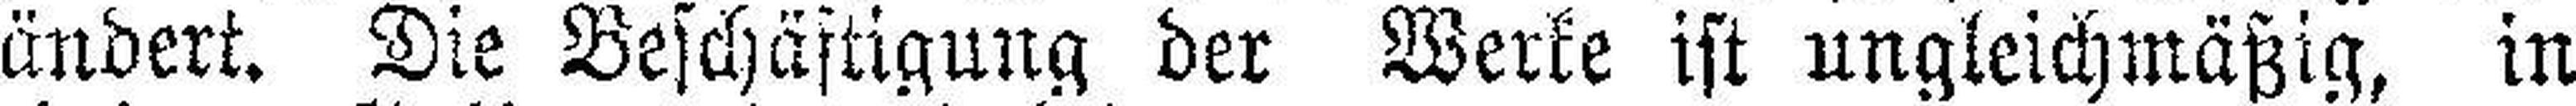
ändert. Die Beschäftigung der Werke ist ungleichmäßig, in